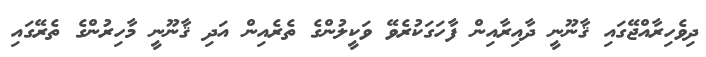
ދިވެހިރާއްޖޭގައި ޤާނޫނީ ދާއިރާއިން ފާހަގަކުރެވޭ ވަކީލުންގެ ތެރެއިން އަދި ޤާނޫނީ މާހިރުންގެ ތެރޭގައި